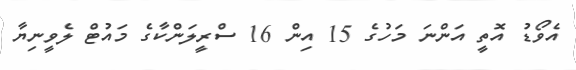
އެވޯޑު އޮތީ އަންނަ މަހުގެ 15 އިން 16 ސްރީލަންކާގެ މައުޓް ލެވީނިޔާ